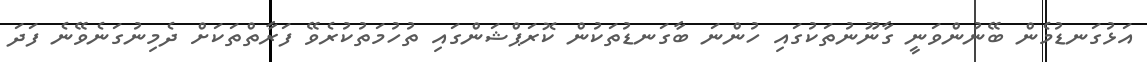
އަޅުގަނޑުމެން ބޭނުންވަނީ ގާނޫނުތަކުގައި ހުންނަ ބާގަނޑުތަކުން ކޮރަޕްޝަންގައި ތުހުމަތުކުރެވޭ ފަރާތްތަކަށް ދެމިނުގަނެވޭނެ ފަދަ